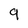
Character: 9